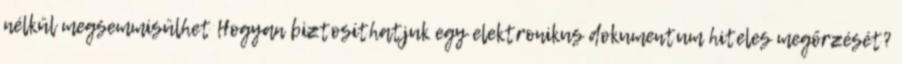
nélkül megsemmisülhet Hogyan biztosíthatjuk egy elektronikus dokumentum hiteles megőrzését?